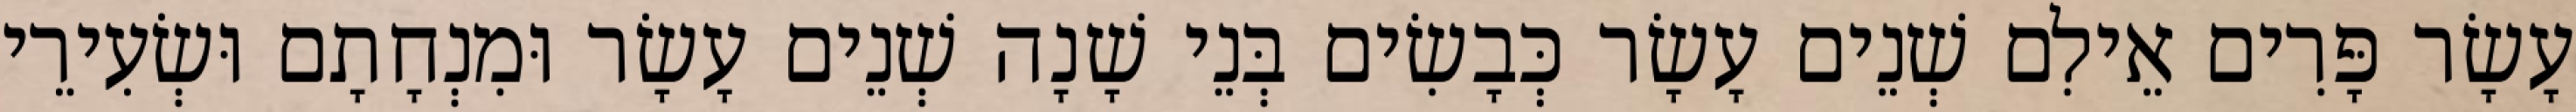
עָשָׂר פָּרִים אֵילִם שְׁנֵים עָשָׂר כְּבָשִׂים בְּנֵי שָׁנָה שְׁנֵים עָשָׂר וּמִנְחָתָם וּשְׂעִירֵי